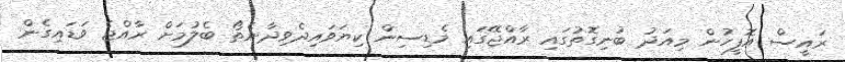
ރައީސް އޮފީހުން މިއަދު ބުނިގޮތުގައި ރާއްޖޭގައި މެޑިސިން ކިޔަވައިދެވިދާނެތޯ ބެލުމަށް ރާއްޖެ ވަޑައިގެން